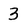
Character: 3